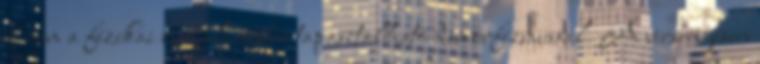
és nem a ﬁzikai megjelenésben tapasztalható dimorﬁzmussal. A versengésen